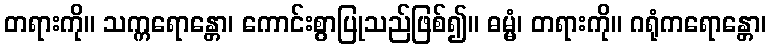
တရားကို။ သက္ကရောန္တော၊ ကောင်းစွာပြုသည်ဖြစ်၍။ ဓမ္မံ၊ တရားကို။ ဂရုံကရောန္တော၊